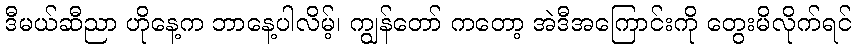
ဒီမယ်ဆီညာ ဟိုနေ့က ဘာနေ့ပါလိမ့်၊ ကျွန်တော် ကတော့ အဲဒီအကြောင်းကို တွေးမိလိုက်ရင်